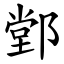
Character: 䣘